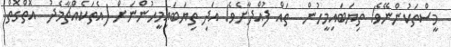
މީސްތަކުންނޭވެ! ތިޔަބައިމީހުން  ތައް ފުއްދާށެވެ! އަދި ތިޔަބައިމީހުންނަށް (އެތަކެއްޗާމެދު  އޮތްގޮތް